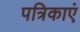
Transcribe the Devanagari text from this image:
पत्रिकाएं